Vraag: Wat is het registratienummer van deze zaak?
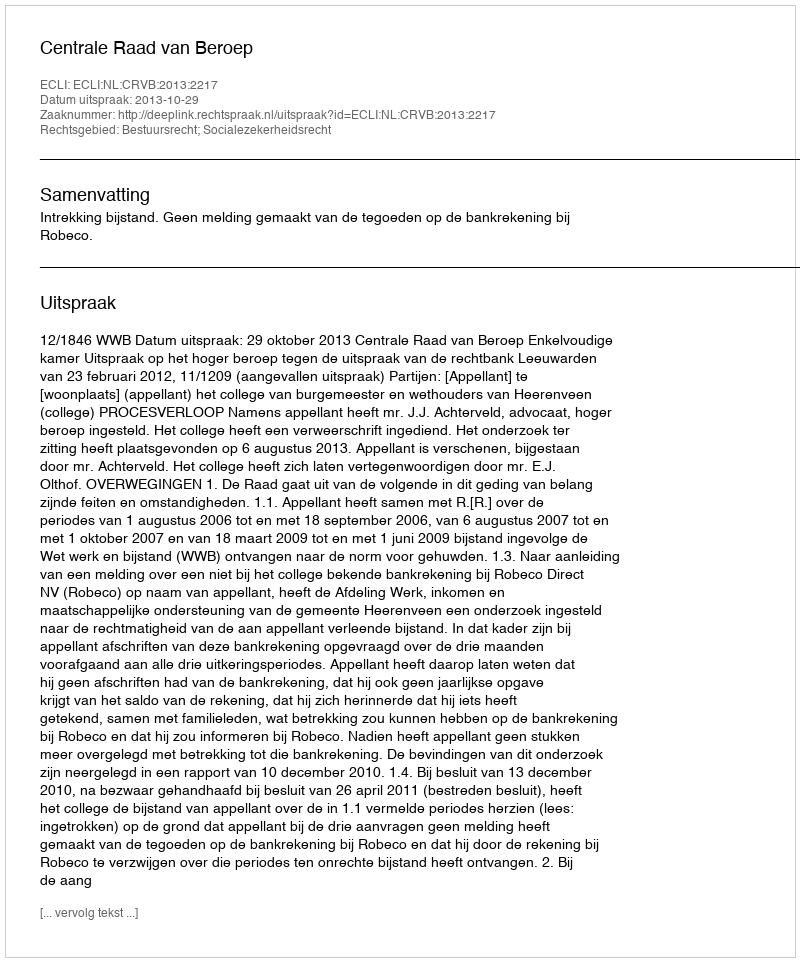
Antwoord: http://deeplink.rechtspraak.nl/uitspraak?id=ECLI:NL:CRVB:2013:2217